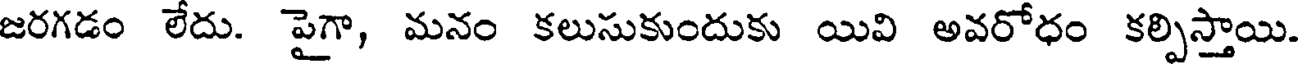
జరగడం లేదు. పైగా, మనం కలుసుకుందుకు యివి అవరోధం కల్పిస్తాయి.